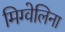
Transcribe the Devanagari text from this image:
मिग्वेलिना